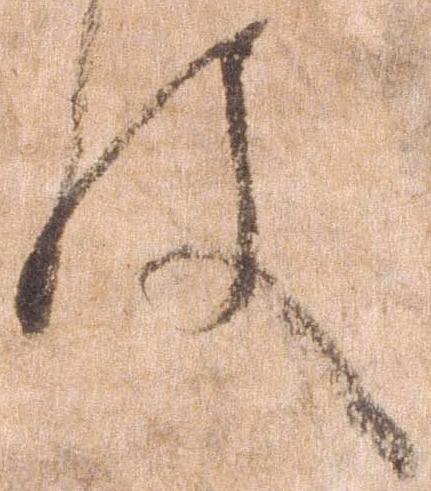
件